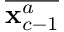
\overline { { { \bf x } _ { c - 1 } ^ { a } } }